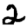
Digit: 2